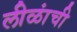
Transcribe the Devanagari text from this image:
लीळांची